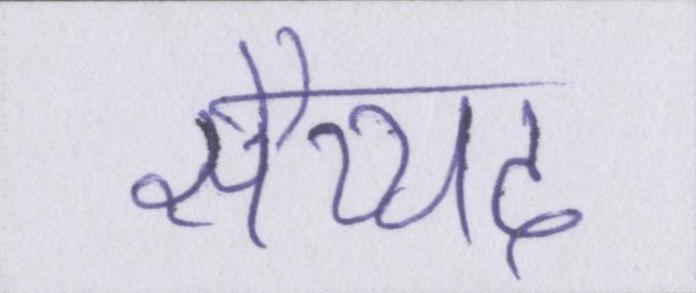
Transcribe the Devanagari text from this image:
सैय्यद